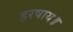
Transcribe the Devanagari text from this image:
हरषाय॥